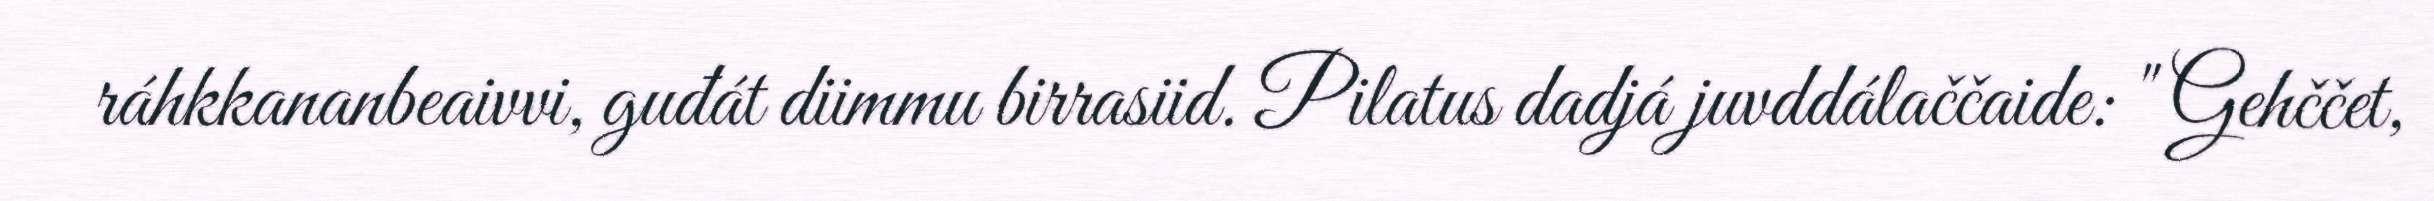
ráhkkananbeaivvi, guđát diimmu birrasiid. Pilatus dadjá juvddálaččaide: " Gehččet,